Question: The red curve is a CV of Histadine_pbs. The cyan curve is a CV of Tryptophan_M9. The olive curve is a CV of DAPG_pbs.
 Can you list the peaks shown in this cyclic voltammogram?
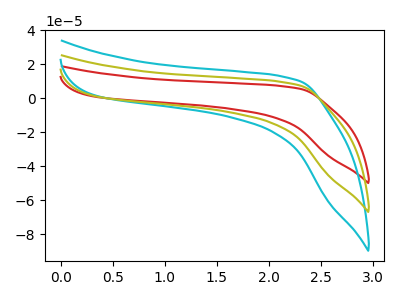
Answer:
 <answer>The red curve "Histadine_pbs" has no peaks. The cyan curve "Tryptophan_M9" has no peaks. The olive curve "DAPG_pbs" has no peaks.</answer>
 <eval></eval>